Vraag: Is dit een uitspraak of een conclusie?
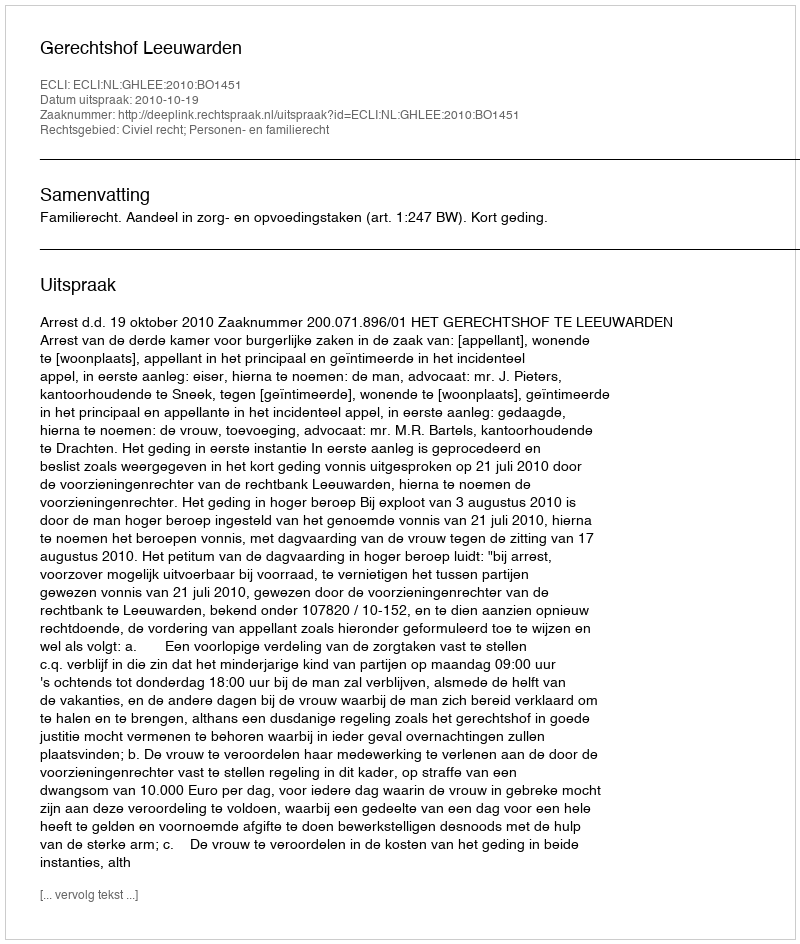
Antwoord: Uitspraak